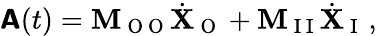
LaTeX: \boldsymbol{\mathsf{A}}(t)=\mathbf{M}_{\mathrm{~O~O~}}\dot{\mathbf{X}}_{\mathrm{~O~}}+\mathbf{M}_{\mathrm{~I~I~}}\dot{\mathbf{X}}_{\mathrm{~I~}}\, ,